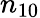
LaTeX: n_{10}